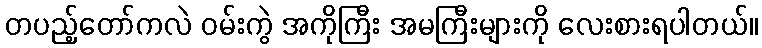
တပည့်တော်ကလဲ ဝမ်းကွဲ အကိုကြီး အမကြီးများကို လေးစားရပါတယ်။